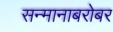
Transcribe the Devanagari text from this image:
सन्मानाबरोबर